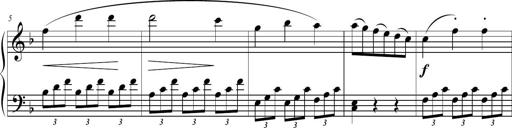
Title: 2 Sonatines faciles et brillantes pour le piano-forte seul
Composer: Carl Czerny